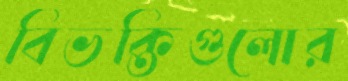
বিভক্তিগুলোর